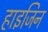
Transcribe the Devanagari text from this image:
हाइजिन